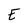
Character: E